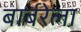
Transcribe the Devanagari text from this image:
बार्बरेला